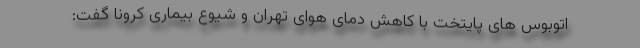
اتوبوس های پایتخت با کاهش دمای هوای تهران و شیوع بیماری کرونا گفت: